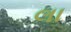
લા